Civil Veterinary Department Bihar reports 1936-40 - 1936-1940
Year: 1936
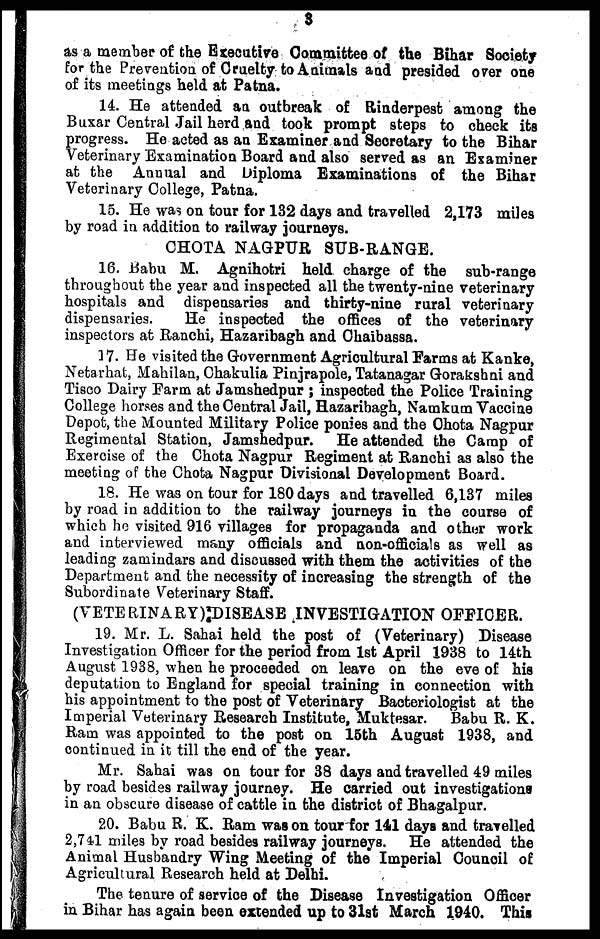
3
as a member of the Executive Committee of the Bihar Society
for the Prevention of Cruelty to Animals and presided 07er one
of its meetings held at Patna.
14. He attended an outbreak of Rinderpest among the
Buxar Central Jail herd and took prompt steps to check its
progress. He acted as an Examiner and Secretary to the Bihar
Veterinary Examination Board and also served as an Examiner
at the Annual and Diploma Examinations of the Bihar
Veterinary College, Patna.
15. He was on tour for 132 days and travelled 2,173 miles
by road in addition to railway journeys.
CHOTA NAGPUR SUB-RANGE.
16. Babu M. Agnihotri held charge of the sub-range
throughout the year and inspected all the twenty-nine veterinary
hospitals and dispensaries and thirty-nine rural veterinary
dispensaries.
He inspected the offices of the veterinary
inspectors at Ranchi, Hazaribagh and Chaibassa.
17. He visited the Government Agricultural Farms at Kanke,
Netarhat, Mahilan, Chakulia Pinjrapole, Tatanagar Gorakshni and
Tisco Dairy Farm at Jamshedpur ; inspected the Police Training
College horses and the Central Jail, Hazaribagh, Namkum Vaccine
Depot, the Mounted Military Police ponies and the Chota Nagpur
Regimental Station, Jamshedpur. He attended the Camp of
Exercise of the Chota Nagpur Regiment at Ranchi as also the
meeting of the Chota Nagpur Divisional Development Board.
18. He was on tour for 180 days and travelled 6,137 miles
by road in addition to the railway journeys in the course of
which he visited 916 villages for propaganda and other work
and interviewed many officials and non-officials as well as
leading zamindars and discussed with them the activities of the
Department and the necessity of increasing the strength of the
Subordinate Veterinary Staff.
(VETERINARY) DISEASE INVESTIGATION OFFICER.
19. Mr. L. Sahai held the post of (Veterinary) Disease
Investigation Officer for the period from 1st April 1938 to 14th
August 1938, when he proceeded on leave on the eve of his
deputation to England for special training in connection with
his appointment to the post of Veterinary Bacteriologist at the
Imperial Veterinary Research Institute, Muktesar. Babu R. K.
Ram was appointed to the post on 15th August 1938, and
continued in it till the end of the year.
Mr. Sahai was on tour for 38 days and travelled 49 miles
by road besides railway journey. He carried out investigations
in an obscure disease of cattle in the district of Bhagalpur.
20. Babu R. K. Ram was on tour for 141 days and travelled
2,741 miles by road besides railway journeys. He attended the
Animal Husbandry Wing Meeting of the Imperial Council of
Agricultural Research held at Delhi.
The tenure of service of the Disease Investigation Officer
in Bihar has again been extended up to 31st March 1940. This